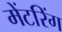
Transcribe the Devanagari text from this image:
मेंटरिंग